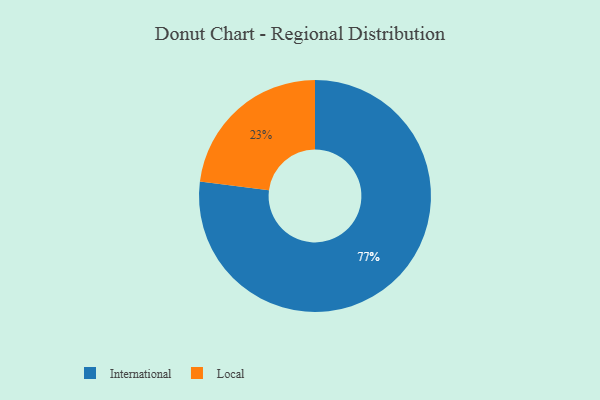
{"axis": {"x": "Category", "y": "Percentage"}, "legend": ["International", "Local"], "data": [{"x": "Local", "y": 23, "type": "Local"}, {"x": "International", "y": 77, "type": "International"}]}